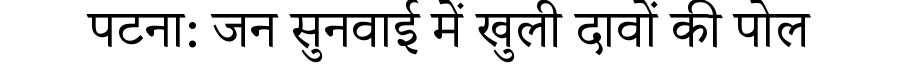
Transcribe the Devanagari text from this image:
पटना: जन सुनवाई में खुली दावों की पोल